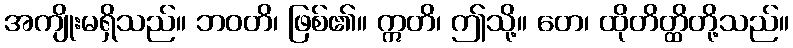
အကျိုးမရှိသည်။ ဘဝတိ၊ ဖြစ်၏။ ဣတိ၊ ဤသို့။ တေ၊ ထိုတိတ္ထိတို့သည်။